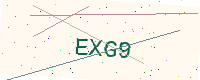
Text: EXG9